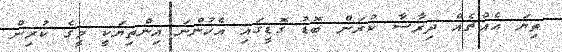
ތިޔަ އެއްޗެއް ދިރާސާ ކުރަން ބޮޑު ގޮޑީގައި އެހުންނަ އިންތިޔަކީ މީގެ ކުރިން